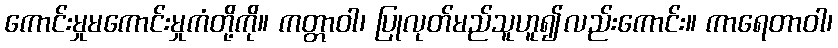
ကောင်းမှုမကောင်းမှုကံတို့ကို။ ကတ္တာဝါ၊ ပြုလုတ်မည်သူဟူ၍လည်းကောင်း။ ကာရေတာဝါ၊